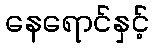
နေရောင်နှင့်